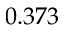
0 . 3 7 3